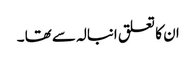
ان کا تعلق انبالہ سے تھا ۔